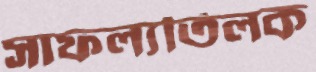
সাফল্যতিলক